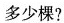
多少棵?